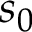
s _ { 0 }